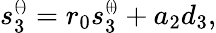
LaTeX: \begin{array}{r}{{s}_{3}^{\scriptscriptstyle(\! -\! )}=r_{0}{s}_{3}^{\scriptscriptstyle(\! +\! )}+a_{2}d_{3},}\end{array}